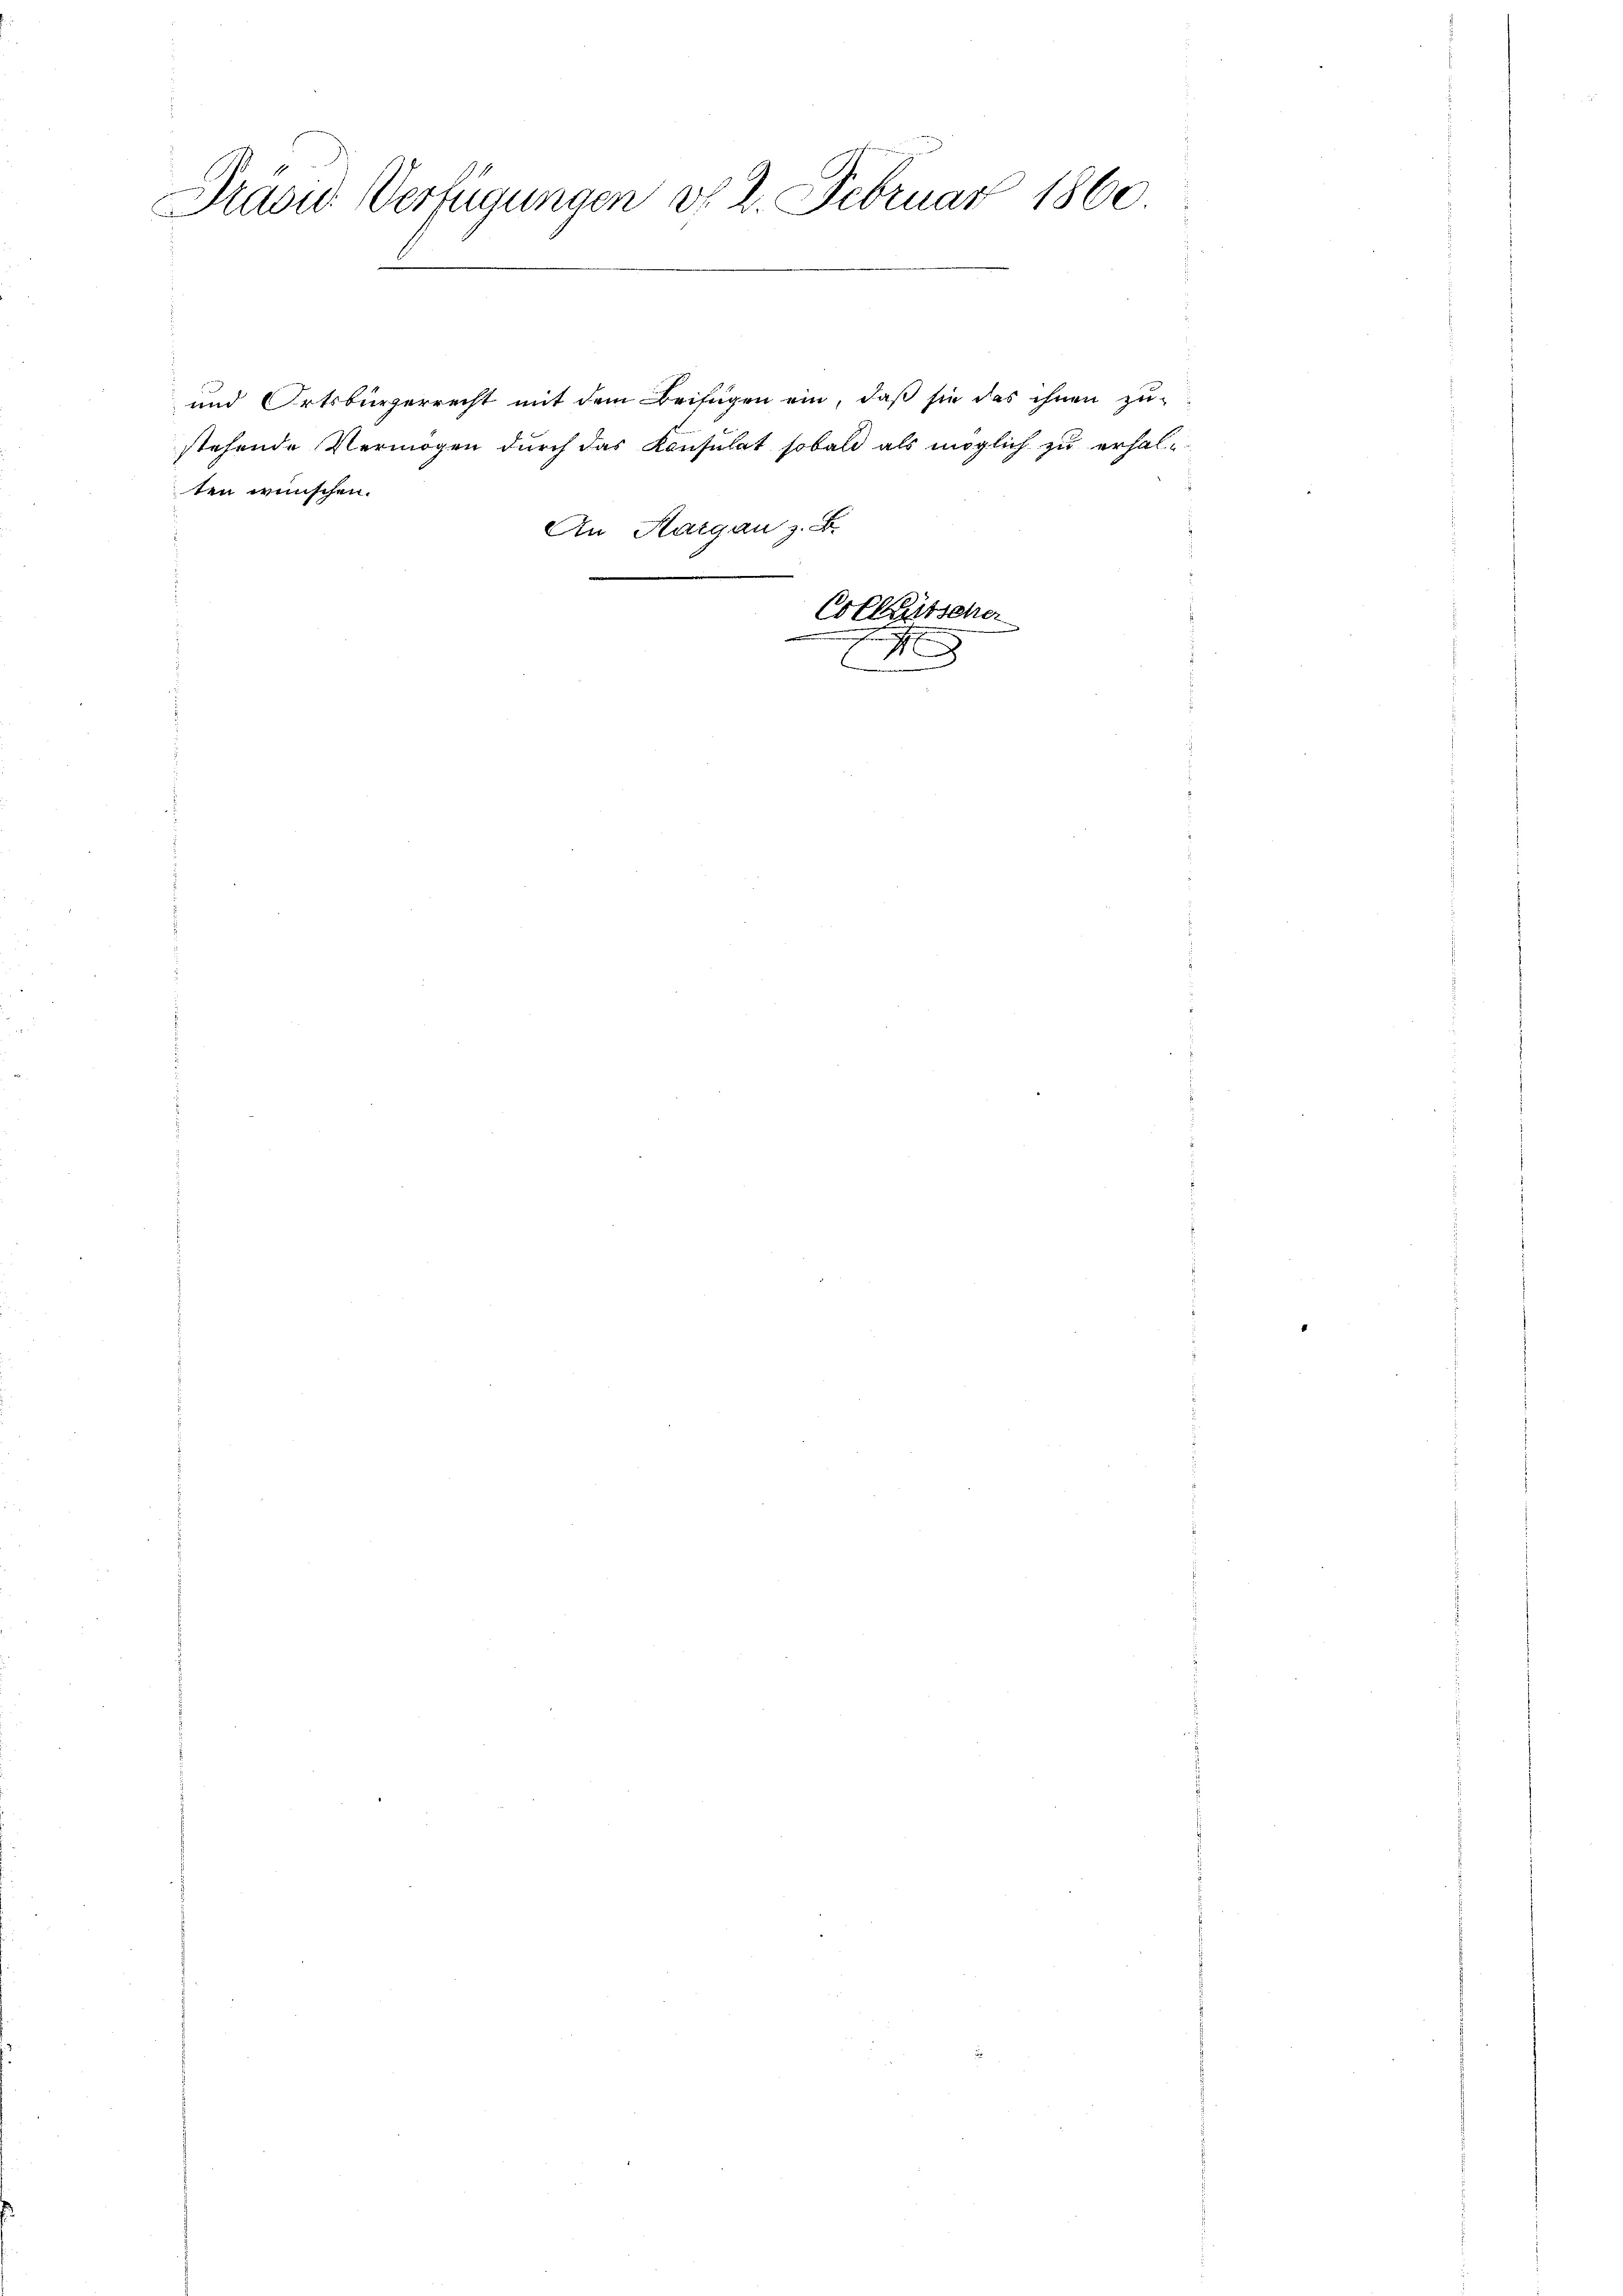
Pravid Verfügungen d. 2. Februar 1860
E

ten wünschen.

und Ortsbürgerrecht mit dem Beifügen ein, daß sie das ihnen zu-
stehende Vermögen durch das Konsulat sobald als möglich zu erhal¬
An Aargau z. B.

Colkartscher
e
d
.